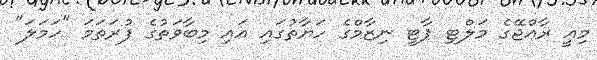
މިއީ ރާއްޖޭގެ މަލްޓި ޕާޓީ ނިޒާމްގެ ހަޔާތުގައި އައި މިބާވަތުގެ ފުރަތަމަ "ހަމަލަ"